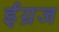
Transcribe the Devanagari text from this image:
ईंग्रज